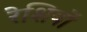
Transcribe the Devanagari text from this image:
रेशियों